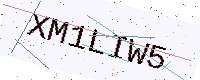
Text: XM1LIW5